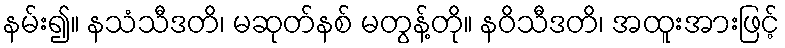
နမ်း၍။ နသံသီဒတိ၊ မဆုတ်နစ် မတွန့်တို။ နဝိသီဒတိ၊ အထူးအားဖြင့်